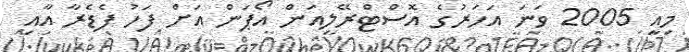
މިއީ 2005 ވަނަ އަހަރުގެ އޮސްޓްރޭލިއަން އޯޕަން އަށް ފަހު ފެޑެރާ އާއި